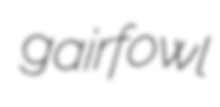
gairfowl